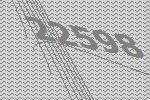
22598